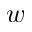
w